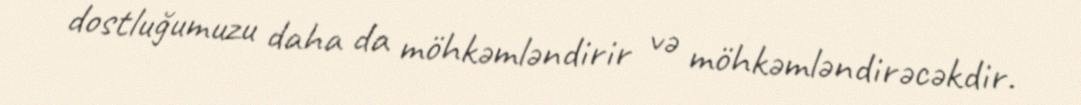
dostluğumuzu daha da möhkəmləndirir və möhkəmləndirəcəkdir.